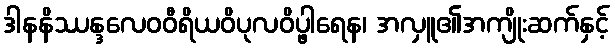
ဒါနနိဿန္ဒလေဝဝီရိယဝိပုလဝိပ္ဖါရေန၊ အလှူ၏အကျိုးဆက်နှင့်